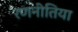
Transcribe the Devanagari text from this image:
रणनीतिया